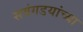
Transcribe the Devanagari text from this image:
सवंगडयांच्या